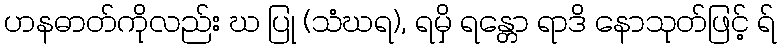
ဟနဓာတ်ကိုလည်း ဃ ပြု (သံဃရ), ရမှိ ရန္တော ရာဒိ နောသုတ်ဖြင့် ရ်